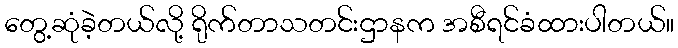
တွေ့ဆုံခဲ့တယ်လို့ ရိုက်တာသတင်းဌာနက အစီရင်ခံထားပါတယ်။